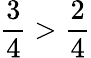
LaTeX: {\frac{3}{4}}>{\frac{2}{4}}